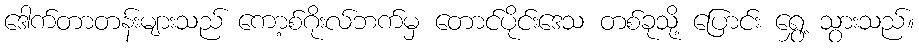
ဒေါက်တာတန်းများသည် ကော့စ်ဂိုးလ်ဘက်မှ တောင်ပိုင်းဒေသ တစ်ခုသို့ ပြောင်း ရွှေ့ သွားသည်။